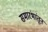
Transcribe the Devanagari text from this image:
समारंभांतून